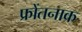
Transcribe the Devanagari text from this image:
फ्रोंतनाक